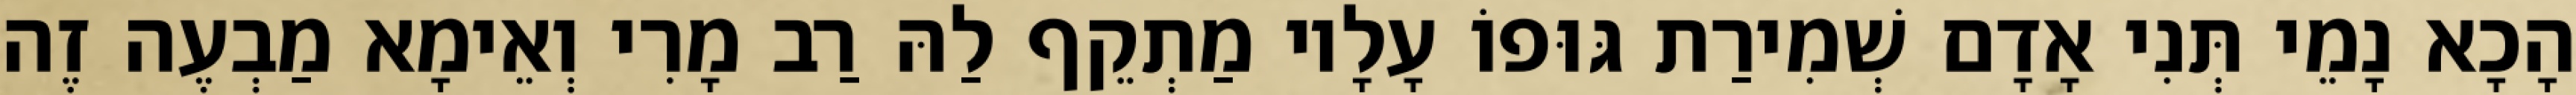
הָכָא נָמֵי תְּנִי אָדָם שְׁמִירַת גּוּפוֹ עָלָיו מַתְקֵף לַהּ רַב מָרִי וְאֵימָא מַבְעֶה זֶה